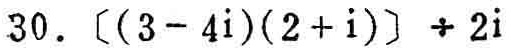
$30.\ [(3 - 4i)(2 + i)] \div 2i$